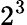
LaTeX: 2^{3}